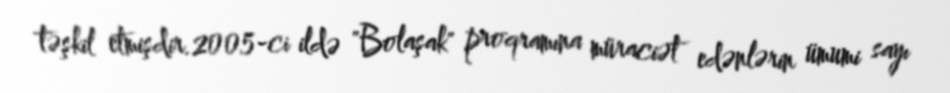
təşkil etmişdir.2005-ci ildə "Bolaşak" proqramına müraciət edənlərin ümumi sayı